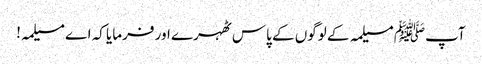
آپﷺ مسیلمہ کے لوگوں کے پاس ٹھہرے اور فرمایا کہ اے مسیلمہ!